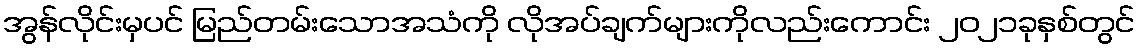
အွန်လိုင်းမှပင် မြည်တမ်းသောအသံကို လိုအပ်ချက်များကိုလည်းကောင်း ၂၀၂၁ခုနှစ်တွင်